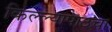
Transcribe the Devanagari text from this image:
किल्ल्यापाठचा